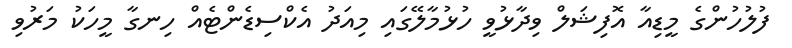
ފުލުހުންގެ މީޑިއާ އޮފިޝަލް ވިދާޅުވީ ހުޅުމާލޭގައި މިއަދު އެކްސިޑެންޓެއް ހިނގާ މީހަކު މަރުވި